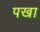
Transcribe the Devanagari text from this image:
पखा